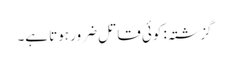
گزشتہ: کوئی قاتل ضرور ہوتا ہے۔